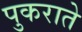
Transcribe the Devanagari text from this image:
पुकराते